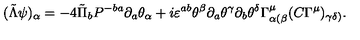
( \tilde { \Lambda } \psi ) _ { \alpha } = - 4 \tilde { \Pi } _ { b } P ^ { - b a } \partial _ { a } \theta _ { \alpha } + i \varepsilon ^ { a b } \theta ^ { \beta } \partial _ { a } \theta ^ { \gamma } \partial _ { b } \theta ^ { \delta } \Gamma _ { \alpha ( \beta } ^ { \mu } ( C \Gamma ^ { \mu } ) _ { \gamma \delta ) } .